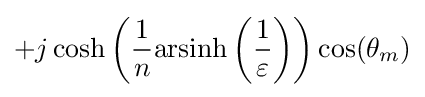
+j\cosh \left({\frac {1}{n}}\mathrm {arsinh} \left({\frac {1}{\varepsilon }}\right)\right)\cos(\theta _{m})